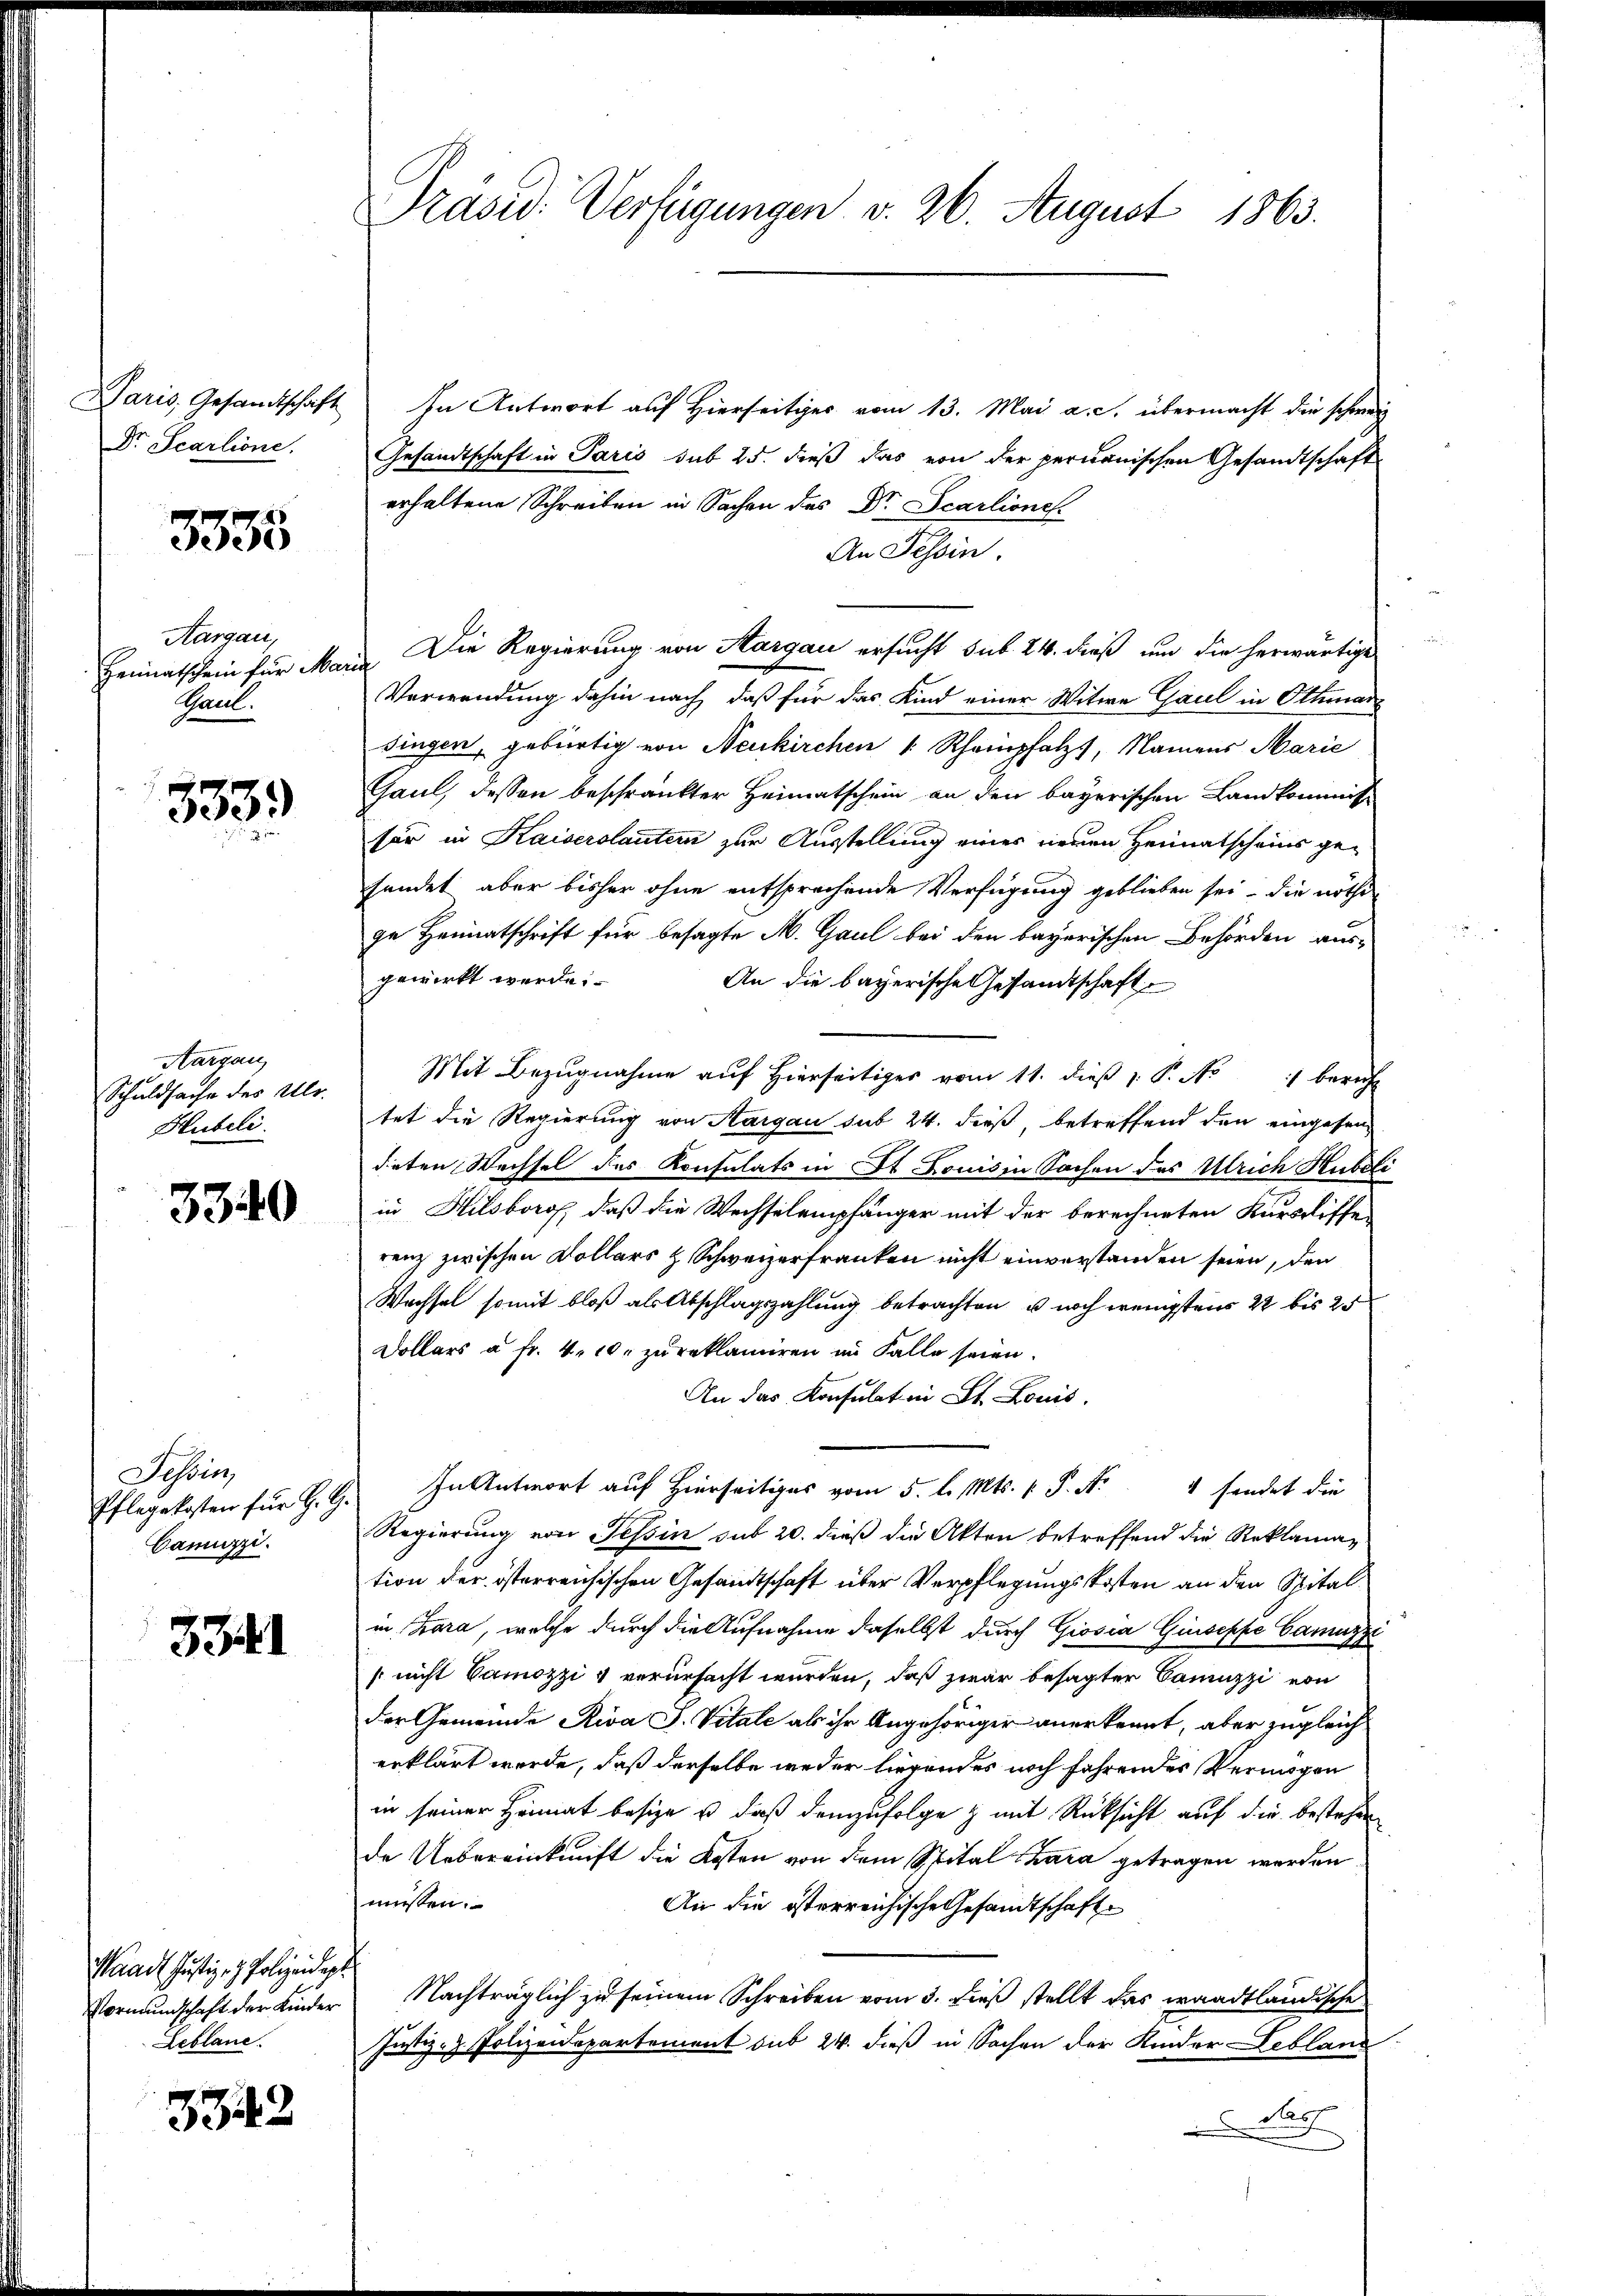
Dr. Scarlione.

3335

Aargau,
Paul.

553.

Aargau,
Schuldsache des Ulr.
Hubeli

3340

Tessin,
Camuzzi.

3341

Waadt Justiz- & Polizeidep
Vormundschaft der Kinder
Leblane.

3942

Präsid. Verfügungen v. 26. August 1863.

Daris, Gesandtschaft In Antwort auf Hierseitiger vom 13. Mai a. S. übermacht die schweiz
Gesandtschaft in Paris sub 25. dieß das von der permanischen Gesandtschaft
erhaltene Schreiben in Sachen des Dr. Scarlione
An Tessin.
Heimatschein für Marie Die Regierung von Aargau ersucht sub. 24. dieß um die herwärtige
Verwendung dahin nach, daß für das Kind einer Witwe Gaul in Othman
singen, gebürtig von Neukirchen |: Rheinpfalz, Namens Marie
Gaul, dessen beschränkter Heimatschein an den bayerischen Landkommis
ser in Kaiserolautern zur Ausstellung eines neuen Heimatscheins gesendet aber bisher ohne entsprechende Verfügung geblieben sei, die nöthi
ge Heimatschrift für besagte A. Gaul bei den bayerischen Behörden aus-
gewirkt werde.
An die bayerische Gesandtschaft
Mit Bezugnahme auf hierseitiger vom 11. dieβ 1. P. No 1 bericht
tet die Regierung von Aargau sub 24. dieß, betreffend den eingesendieten Wechsel des Konsulats in St. Louis in Sachen des Ulrich Hubote
in Hilsberg, daß die Wechselempfänger mit der berechneten Kursdiffe-
renz zwischen Kollars z. Schweizerfranken nicht einverstanden seien, den
Wechsel somit bloß als Abschlagszahlung betrachten, u. noch wenigstens 22 bis 25
Dollars à Fr. 4, 10. zu reklamiren im Falle seien.
An das Konsulat in St. Louis.
Pflegekosten für H. G. In Antwort auf hierseitiges vom 5. l. Mts. v. P. Nr. 4 sendet die
Regierung von Tessin sub 20. dieß die Akten betreffend die Reklamation der österreichischen Gesandtschaft über Verpflegungskosten an den Spitalin Zara, welche durch die Aufnahme daselbst durch Giosia Giuseppe Camuzzi
[nicht Vamozzi & verursacht wurden, daß zwar besagter Camuzzi von
der Gemeinde Riva J. Vitale als ihr Angehöriger anerkennt, aber zugleich
erklärt werde, daß derselbe weder liegendes noch fahrendes Vermögen
in seiner Heimat besize u daß demzufolge & mit Rücksicht auf die bestehen
de Uebereinkunft die Kosten von dem Spital Chara getragen werden
müssen.
An die österreichische Gesandtschaft
Nachträglich zu seinem Schreiben vom 3. dieß stellt das waadtländische
Justiz- & Polizeidepartement sub 24. dieß in Sachen der Kinder Leblans
 Nass